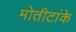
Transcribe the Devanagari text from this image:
मोतीटांके